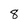
Character: 8